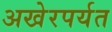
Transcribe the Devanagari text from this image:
अखेरपर्यत